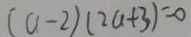
( a - 2 ) ( 2 a + 3 ) = 0